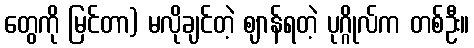
တွေကို မြင်တာ) မလိုချင်တဲ့ ဈာန်ရတဲ့ ပုဂ္ဂိုလ်က တစ်ဦး။